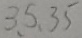
3 、 5 、 3 5